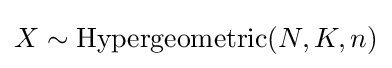
{\textstyle X\sim \operatorname {Hypergeometric} (N,K,n)}